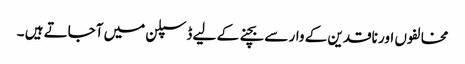
مخالفوں اور ناقدین کے وار سے بچنے کے لیے ڈسپلن میں آجاتے ہیں ۔